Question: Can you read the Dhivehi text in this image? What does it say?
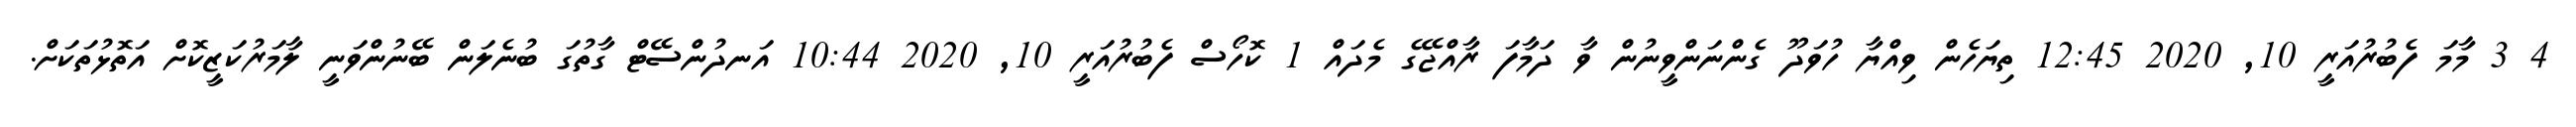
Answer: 4 3 މާމަ ފެބުރުއަރީ 10, 2020 12:45 ތިޔަހެން ވިއްޔާ ހުވަދޫ ގެންނަންވީނުން ވާ ދަމާފަ ރާއްޖޭގެ މެދައް 1 ކޮހޯސް ފެބުރުއަރީ 10, 2020 10:44 އަނދުންސޭޓް ގާތުގަ ބުނެލަން ބޭނުންވަނީ ލާމަރުކަޒީކޮށް އަތޮޅުތަކަށް.